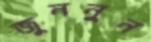
জুননুন